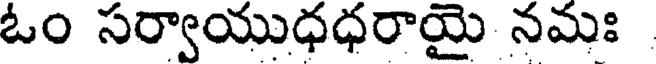
ఓం సర్వాయుధధరాయై నమః